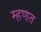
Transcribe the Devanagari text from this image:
म्‍हणत